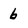
Character: 6